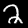
Label: 2